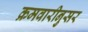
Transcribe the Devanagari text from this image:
क्रमवारीनुसर